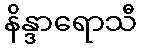
နိန္ဒာရောသီ